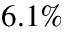
6 . 1 \%